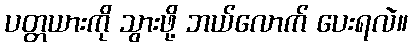
ပတ္တယားကို သွားဖို့ ဘယ်လောက် ပေးရလဲ။